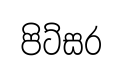
පිට්සර